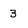
Character: 3